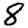
Digit: 8